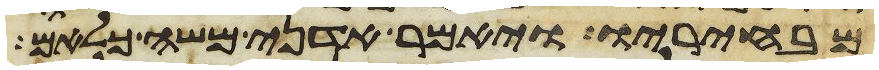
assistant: מבחיריו ויאמר אדני משה כלאם